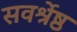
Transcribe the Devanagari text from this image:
सवर्श्रेष्ठ